Lunatic asylums Madras 1892-1911 - 1892-1911
Year: 1892
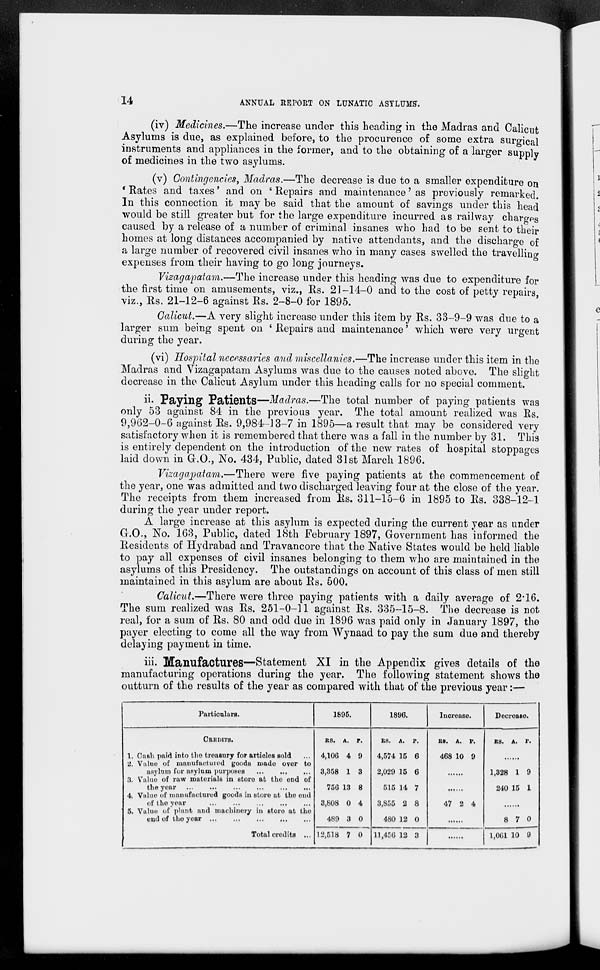
14
ANNUAL REPORT ON LUNATIC ASYLUMS".
(iv) Medicines.—The increase under this heading in the Madras and Calicut
Asylums is due, as explained before, to the procurence of some extra surgical
instruments and appliances in the former, and to the obtaining of a larger supply
of medicines in the two asylums.
(v) Contingencies, Madras.—The decrease is due to a smaller expenditure on
• Rates and taxes' and on s Repairs and maintenance' as previously remarked.
In this connection it may be said that the amount of savings under this head
would be still greater but for the large expenditure incurred as railway charges
caused by a release of a number of criminal insanes who had to be sent to their
homes at long distances accompanied by native attendants, and the discharge of
a large number of recovered civil insanes who in many cases swelled the travelling
expenses from their having to go long journeys.
Vizagapatam.—The increase under this heading was due to expenditure for
the first time on amusements, viz., Rs. 21-14-0 and to the cost of petty repairs
viz., Rs. 21-12-6 against Rs. 2-8-0 for 1895.
Calicut.—A very slight increase under this item by Rs. 33-9-9 was due to a
larger sum being spent on ' Repairs and maintenance' which were very urgent
during the year.
(vi) Hospital necessaries and miscellanies.—The increase under this item in the
Madras and Vizagapatam Asylums was due to the causes noted above. The slight
decrease in the Calicut Asylum under this heading calls for no special comment.
ii- Paying Patients—Madras.—The total number of paying patients was
only 53 against 84 in the previous year. The total amount realized was Rs.
9,962-0-6 against Rs. 9,984-13-7 in 1895—a result that may be considered very
satisfactory when it is remembered that there was a fall in the number by 31. This
is entirely dependent on the introduction of the new rates of hospital stoppages
laid down in G.O., No. 434, Public, dated 31st March 1896.
Vizagajpatam.—There were five paying patients at the commencement of
the year, one was admitted and two discharged leaving four at the close of the year.
The receipts from them increased from Rs. 311-15-6 in 1895 to Rs. 338-12-1
during the year under report.
A large increase at this asylum is expected during the current year as under
CO., No. 163, Public, dated 18th February 1897, Government has informed the
Residents of Hydrabad and Travancore that the Native States would be held liable
to pay all expenses of civil insanes belonging to them who are maintained in the
asylums of this Presidency. The outstandings on account of this class of men still
maintained in this asylum are about Rs. 500.
Calicut.—There were three paying patients with a daily average of 2*16.
The sum realized was Rs. 251-0-11 against Rs. 335-15-8. The decrease is not
real, for a sum of Rs. 80 and odd due in 1896 was paid only in January 1897, the
payer electing to come all the way from Wynaad to pay the sum due and thereby
delaying payment in time.
iii. Manufactures—Statement XI in the Appendix gives details of the
manufacturing operations during the year. The following statement shows the
outturn of the results of the year as compared with that of the previous year:—
Particulars.
1895.
1896.
Increase.
Decrease.
CREDITS.
RS. A. r.
RS. A.
p.
RB. A. P.
RS. A. P.
1. Cash paid into the treasury for artiolos sold
4,106 4 9
4,574 15 6
468 10 9
'£. Value of manufactured goods made over to
asylum for asylum purposes
3,358 1 3
2,029 15 6
1,328 1 9
3. Value of raw materials in store at tho end of
the year
756 13 8
515 14 7
240 15 1
4. Value of manufactured goods in store at tho ond
of tho year
...
...
3,808 0 4
3,855 2 8
47 2 4
5. Value of plant and machinery in etoro at tho
end of tho year ...
...
...
...
Total credits ...
489 3 0
0
480 12 O
8 7 0
12,518 7
11.4S0 12 3
1,061 10 9